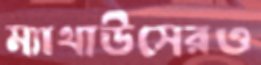
ম্যাথাউসেরও